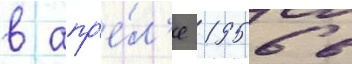
в апр'е́л'е 1956 в